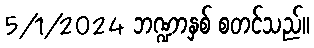
5/1/2024 ဘဏ္ဍာနှစ် စတင်သည်။